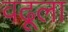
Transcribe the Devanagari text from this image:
वढूला